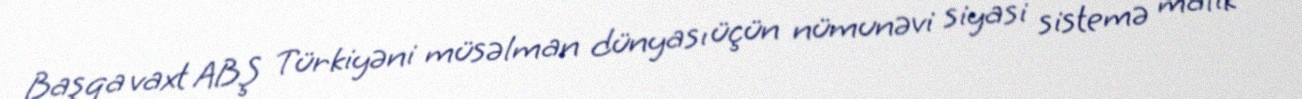
Başqa vaxt ABŞ Türkiyəni müsəlman dünyası üçün nümunəvi siyasi sistemə malik